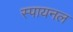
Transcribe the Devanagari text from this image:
स्पायनल